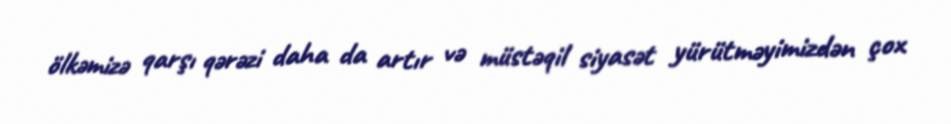
ölkəmizə qarşı qərəzi daha da artır və müstəqil siyasət yürütməyimizdən çox